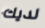
لديك